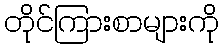
တိုင်ကြားစာများကို